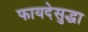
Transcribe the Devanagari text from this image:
फायदेसुद्धा